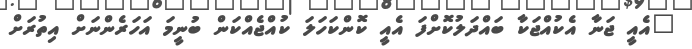
"އެއީ ޖަނާ އެކުއްޖަކާ ބައްދަލުކޮށްފަ އެއީ ކޮންކަހަލަ ކުއްޖެއްކަން ބުނީމަ އަހަރެންނަށް އިތުރަށް